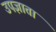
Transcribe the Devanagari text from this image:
उपज्ञाता